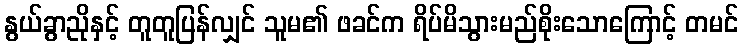
နွယ်ခွာညိုနှင့် တူတူပြန်လျှင် သူမ၏ ဖခင်က ရိပ်မိသွားမည်စိုးသောကြောင့် တမင်